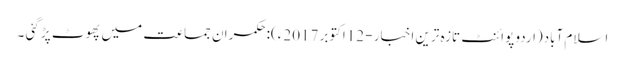
اسلام آباد(اردو پوائنٹ تازہ ترین اخبار - 12اکتوبر 2017ء):حکمران جماعت میں پھوٹ پڑ گئی ۔